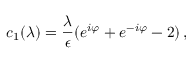
c _ { 1 } ( \lambda ) = { \frac { \lambda } { \epsilon } } ( e ^ { i \varphi } + e ^ { - i \varphi } - 2 ) \, ,